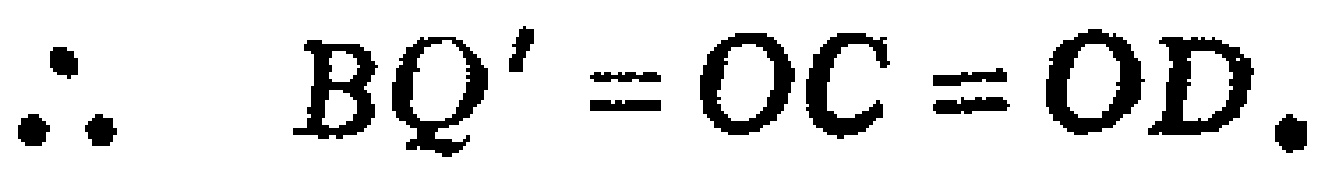
\(\therefore BQ' = OC = OD.\)